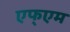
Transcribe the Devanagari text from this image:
एफ्एम